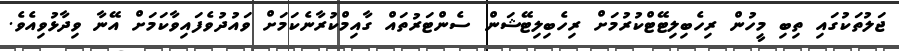
ޖަލުތަކުގައި ތިބި މީހުން ރިހެބިލިޓޭޓްކުރުމަށް ރިހެބިލިޓޭޝަން ސެންޓަރުތައް ގާއިމްކުރާނެކަމަށް ވައުދުވެފައިވާކަމަށް އޭނާ ވިދާޅުވިއެވެ.